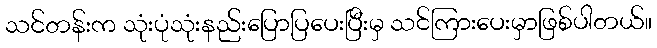
သင်တန်းက သုံးပုံသုံးနည်းပြောပြပေးပြီးမှ သင်ကြားပေးမှာဖြစ်ပါတယ်။